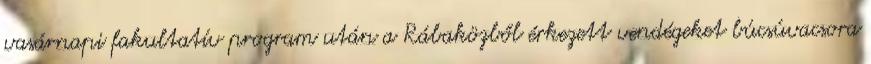
vasárnapi fakultatív program után a Rábaközből érkezett vendégeket búcsúvacsora